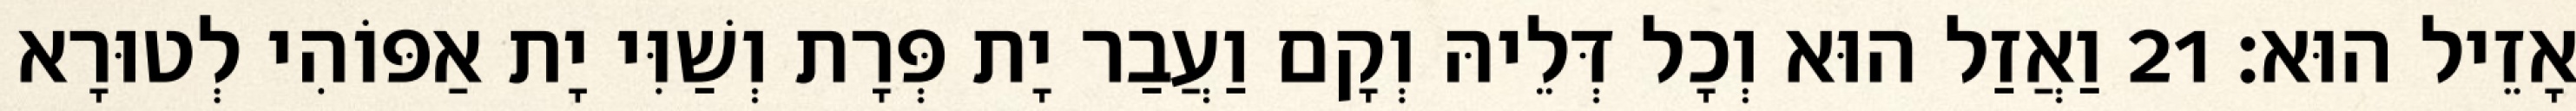
אָזֵיל הוּא׃ 21 וַאֲזַל הוּא וְכָל דְּלֵיהּ וְקָם וַעֲבַר יָת פְּרָת וְשַׁוִּי יָת אַפּוֹהִי לְטוּרָא